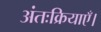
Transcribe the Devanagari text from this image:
अंतःक्रियाएँ।